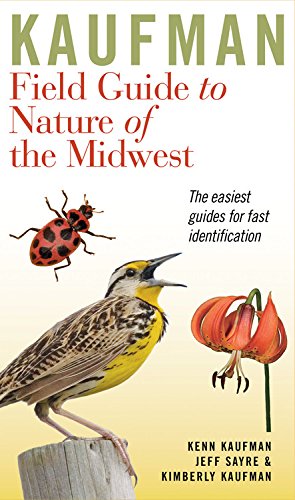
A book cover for Kaufman Field Guide to Nature of the Midwest (Kaufman Field Guides); Kenn Kaufman; Science & Math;